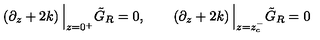
\left( \partial _ { z } + 2 k \right) \Big \vert _ { z = 0 ^ { + } } \tilde { G } _ { R } = 0 , \qquad \left( \partial _ { z } + 2 k \right) \Big \vert _ { z = z _ { c } ^ { - } } \tilde { G } _ { R } = 0